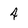
Character: 4